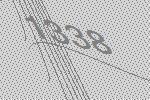
1338